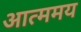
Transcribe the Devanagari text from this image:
आत्ममय